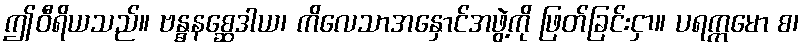
ဤဝီရိယသည်။ ဗန္ဓနစ္ဆေဒါယ၊ ကိလေသာအနှောင်အဖွဲ့ကို ဖြတ်ခြင်းငှာ။ ပရက္ကမော စ၊